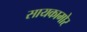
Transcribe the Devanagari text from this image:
सायकामोर